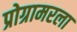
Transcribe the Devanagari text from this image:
प्रोग्रामरला